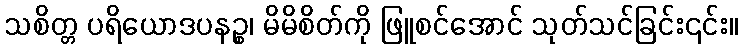
သစိတ္တ ပရိယောဒပနဉ္စ၊ မိမိစိတ်ကို ဖြူစင်အောင် သုတ်သင်ခြင်း၎င်း။